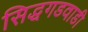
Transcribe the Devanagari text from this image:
सिद्धगडवाडी